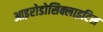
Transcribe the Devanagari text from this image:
आइरोडोसिक्लाइटिस